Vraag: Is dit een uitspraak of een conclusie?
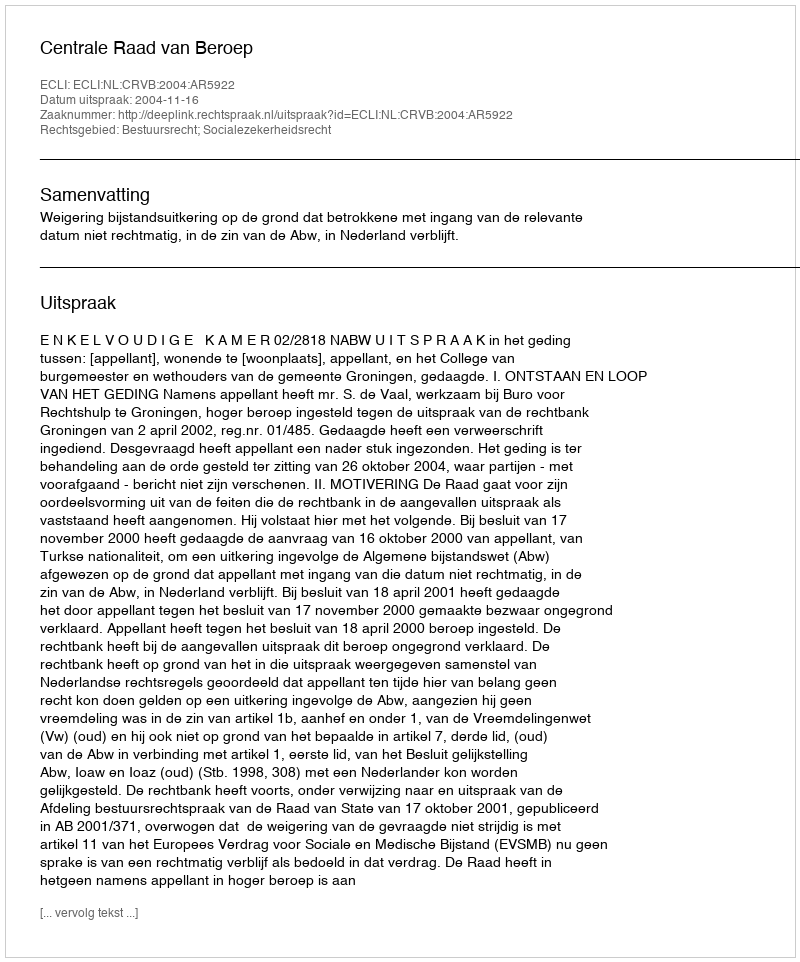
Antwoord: Uitspraak